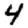
Digit: 4